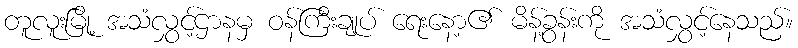
တူလူးမြို့ အသံလွှင့်ဌာနမှ ဝန်ကြီးချုပ် ရေးနော့၏ မိန့်ခွန်းကို အသံလွှင့်နေသည်။